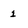
Character: 1